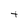
Character: t